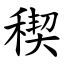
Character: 稧